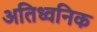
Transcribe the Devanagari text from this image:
अतिध्वनिक